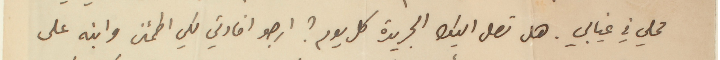
محلي في غيابي. هل تصل اليك الجريدة كل يوم؟ ارجو افادتي لكي اطمئن وانبه على